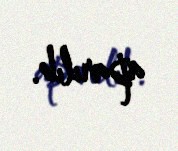
aparılıb.